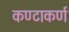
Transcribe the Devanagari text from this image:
कण्टाकर्ण